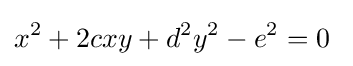
x^{2}+2cxy+d^{2}y^{2}-e^{2}=0\